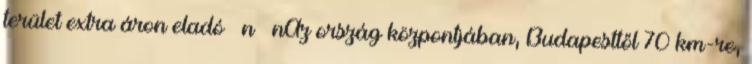
terület extra áron eladó n nAz ország központjában, Budapesttől 70 km-re,